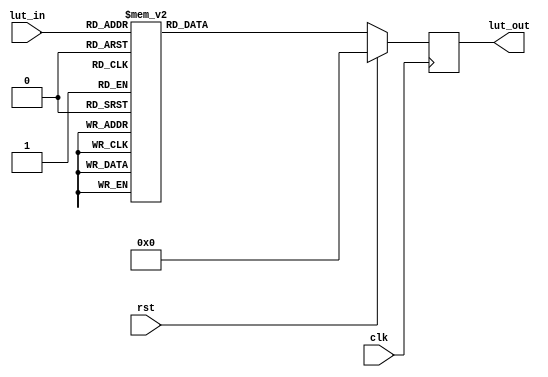
module lookup_table(
	input		clk,
	input		rst,
	input		[7:0]lut_in,
	output	[31:0]lut_out
    );

wire		clk,rst;
wire		[7:0]lut_in;
reg		[31:0]lut_out;


always @(posedge clk)
begin
	if (rst) begin
	lut_out =0;
	end else begin
	case (lut_in)
		8'b00000000: lut_out = 32'b00000000000000000000000000000000; //0
		8'b00000001: lut_out = 32'b00111111111111111111111111111001; //1
		8'b00000010: lut_out = 32'b00111111111111111111111111100010; //2
		8'b00000011: lut_out = 32'b00111111111111111111111110111011; //3
		8'b00000100: lut_out = 32'b00111111111111111111111110000101; //4
		8'b00000101: lut_out = 32'b00111111111111111111111100111111; //5
		8'b00000110: lut_out = 32'b00111111111111111111111011101010; //6
		8'b00000111: lut_out = 32'b00111111111111111111111010000101; //7
		8'b00001000: lut_out = 32'b00111111111111111111111000010001; //8
		8'b00001001: lut_out = 32'b00111111111111111111110110001101; //9
		8'b00001010: lut_out = 32'b00111111111111111111110011111010; //10
		8'b00001011: lut_out = 32'b00111111111111111111110001010111; //11
		8'b00001100: lut_out = 32'b00111111111111111111101110100101; //12
		8'b00001101: lut_out = 32'b00111111111111111111101011100100; //13
		8'b00001110: lut_out = 32'b00111111111111111111101000010010; //14
		8'b00001111: lut_out = 32'b00111111111111111111100100110010; //15
		8'b00010000: lut_out = 32'b00111111111111111111100001000010; //16
		8'b00010001: lut_out = 32'b00111111111111111111011101000010; //17
		8'b00010010: lut_out = 32'b00111111111111111111011000110011; //18
		8'b00010011: lut_out = 32'b00111111111111111111010100010100; //19
		8'b00010100: lut_out = 32'b00111111111111111111001111100110; //20
		8'b00010101: lut_out = 32'b00111111111111111111001010101001; //21
		8'b00010110: lut_out = 32'b00111111111111111111000101011100; //22
		8'b00010111: lut_out = 32'b00111111111111111110111111111111; //23
		8'b00011000: lut_out = 32'b00111111111111111110111010010011; //24
		8'b00011001: lut_out = 32'b00111111111111111110110100011000; //25
		8'b00011010: lut_out = 32'b00111111111111111110101110001101; //26
		8'b00011011: lut_out = 32'b00111111111111111110100111110010; //27
		8'b00011100: lut_out = 32'b00111111111111111110100001001000; //28
		8'b00011101: lut_out = 32'b00111111111111111110011010001111; //29
		8'b00011110: lut_out = 32'b00111111111111111110010011000110; //30
		8'b00011111: lut_out = 32'b00111111111111111110001011101101; //31
		8'b00100000: lut_out = 32'b00111111111111111110000100000101; //32
		8'b00100001: lut_out = 32'b00111111111111111101111100001110; //33
		8'b00100010: lut_out = 32'b00111111111111111101110100000111; //34
		8'b00100011: lut_out = 32'b00111111111111111101101011110000; //35
		8'b00100100: lut_out = 32'b00111111111111111101100011001010; //36
		8'b00100101: lut_out = 32'b00111111111111111101011010010101; //37
		8'b00100110: lut_out = 32'b00111111111111111101010001010000; //38
		8'b00100111: lut_out = 32'b00111111111111111101000111111100; //39
		8'b00101000: lut_out = 32'b00111111111111111100111110011000; //40
		8'b00101001: lut_out = 32'b00111111111111111100110100100100; //41
		8'b00101010: lut_out = 32'b00111111111111111100101010100010; //42
		8'b00101011: lut_out = 32'b00111111111111111100100000001111; //43
		8'b00101100: lut_out = 32'b00111111111111111100010101101101; //44
		8'b00101101: lut_out = 32'b00111111111111111100001010111100; //45
		8'b00101110: lut_out = 32'b00111111111111111011111111111011; //46
		8'b00101111: lut_out = 32'b00111111111111111011110100101011; //47
		8'b00110000: lut_out = 32'b00111111111111111011101001001011; //48
		8'b00110001: lut_out = 32'b00111111111111111011011101011100; //49
		8'b00110010: lut_out = 32'b00111111111111111011010001011101; //50
		8'b00110011: lut_out = 32'b00111111111111111011000101001111; //51
		8'b00110100: lut_out = 32'b00111111111111111010111000110001; //52
		8'b00110101: lut_out = 32'b00111111111111111010101100000100; //53
		8'b00110110: lut_out = 32'b00111111111111111010011111000111; //54
		8'b00110111: lut_out = 32'b00111111111111111010010001111011; //55
		8'b00111000: lut_out = 32'b00111111111111111010000100011111; //56
		8'b00111001: lut_out = 32'b00111111111111111001110110110100; //57
		8'b00111010: lut_out = 32'b00111111111111111001101000111001; //58
		8'b00111011: lut_out = 32'b00111111111111111001011010101111; //59
		8'b00111100: lut_out = 32'b00111111111111111001001100010101; //60
		8'b00111101: lut_out = 32'b00111111111111111000111101101100; //61
		8'b00111110: lut_out = 32'b00111111111111111000101110110011; //62
		8'b00111111: lut_out = 32'b00111111111111111000011111101011; //63
		8'b01000000: lut_out = 32'b00111111111111111000010000010011; //64
		8'b01000001: lut_out = 32'b00111111111111111000000000101100; //65
		8'b01000010: lut_out = 32'b00111111111111110111110000110101; //66
		8'b01000011: lut_out = 32'b00111111111111110111100000101111; //67
		8'b01000100: lut_out = 32'b00111111111111110111010000011010; //68
		8'b01000101: lut_out = 32'b00111111111111110110111111110101; //69
		8'b01000110: lut_out = 32'b00111111111111110110101111000000; //70
		8'b01000111: lut_out = 32'b00111111111111110110011101111100; //71
		8'b01001000: lut_out = 32'b00111111111111110110001100101000; //72
		8'b01001001: lut_out = 32'b00111111111111110101111011000101; //73
		8'b01001010: lut_out = 32'b00111111111111110101101001010011; //74
		8'b01001011: lut_out = 32'b00111111111111110101010111010001; //75
		8'b01001100: lut_out = 32'b00111111111111110101000100111111; //76
		8'b01001101: lut_out = 32'b00111111111111110100110010011110; //77
		8'b01001110: lut_out = 32'b00111111111111110100011111101101; //78
		8'b01001111: lut_out = 32'b00111111111111110100001100101101; //79
		8'b01010000: lut_out = 32'b00111111111111110011111001011110; //80
		8'b01010001: lut_out = 32'b00111111111111110011100101111111; //81
		8'b01010010: lut_out = 32'b00111111111111110011010010010000; //82
		8'b01010011: lut_out = 32'b00111111111111110010111110010010; //83
		8'b01010100: lut_out = 32'b00111111111111110010101010000101; //84
		8'b01010101: lut_out = 32'b00111111111111110010010101101000; //85
		8'b01010110: lut_out = 32'b00111111111111110010000000111011; //86
		8'b01010111: lut_out = 32'b00111111111111110001101011111111; //87
		8'b01011000: lut_out = 32'b00111111111111110001010110110100; //88
		8'b01011001: lut_out = 32'b00111111111111110001000001011001; //89
		8'b01011010: lut_out = 32'b00111111111111110000101011101111; //90
		8'b01011011: lut_out = 32'b00111111111111110000010101110101; //91
		8'b01011100: lut_out = 32'b00111111111111101111111111101011; //92
		8'b01011101: lut_out = 32'b00111111111111101111101001010010; //93
		8'b01011110: lut_out = 32'b00111111111111101111010010101010; //94
		8'b01011111: lut_out = 32'b00111111111111101110111011110010; //95
		8'b01100000: lut_out = 32'b00111111111111101110100100101011; //96
		8'b01100001: lut_out = 32'b00111111111111101110001101010100; //97
		8'b01100010: lut_out = 32'b00111111111111101101110101101110; //98
		8'b01100011: lut_out = 32'b00111111111111101101011101111000; //99
		8'b01100100: lut_out = 32'b00111111111111101101000101110010; //100
		8'b01100101: lut_out = 32'b00111111111111101100101101011110; //101
		8'b01100110: lut_out = 32'b00111111111111101100010100111001; //102
		8'b01100111: lut_out = 32'b00111111111111101011111100000101; //103
		8'b01101000: lut_out = 32'b00111111111111101011100011000010; //104
		8'b01101001: lut_out = 32'b00111111111111101011001001101111; //105
		8'b01101010: lut_out = 32'b00111111111111101010110000001101; //106
		8'b01101011: lut_out = 32'b00111111111111101010010110011011; //107
		8'b01101100: lut_out = 32'b00111111111111101001111100011010; //108
		8'b01101101: lut_out = 32'b00111111111111101001100010001001; //109
		8'b01101110: lut_out = 32'b00111111111111101001000111101001; //110
		8'b01101111: lut_out = 32'b00111111111111101000101100111001; //111
		8'b01110000: lut_out = 32'b00111111111111101000010001111010; //112
		8'b01110001: lut_out = 32'b00111111111111100111110110101011; //113
		8'b01110010: lut_out = 32'b00111111111111100111011011001101; //114
		8'b01110011: lut_out = 32'b00111111111111100110111111011111; //115
		8'b01110100: lut_out = 32'b00111111111111100110100011100010; //116
		8'b01110101: lut_out = 32'b00111111111111100110000111010110; //117
		8'b01110110: lut_out = 32'b00111111111111100101101010111001; //118
		8'b01110111: lut_out = 32'b00111111111111100101001110001110; //119
		8'b01111000: lut_out = 32'b00111111111111100100110001010011; //120
		8'b01111001: lut_out = 32'b00111111111111100100010100001000; //121
		8'b01111010: lut_out = 32'b00111111111111100011110110101110; //122
		8'b01111011: lut_out = 32'b00111111111111100011011001000100; //123
		8'b01111100: lut_out = 32'b00111111111111100010111011001011; //124
		8'b01111101: lut_out = 32'b00111111111111100010011101000010; //125
		8'b01111110: lut_out = 32'b00111111111111100001111110101010; //126
		8'b01111111: lut_out = 32'b00111111111111100001100000000011; //127
		8'b10000000: lut_out = 32'b00111111111111100001000001001100; //128
		8'b10000001: lut_out = 32'b00111111111111100000100010000101; //129
		8'b10000010: lut_out = 32'b00111111111111100000000010101111; //130
		8'b10000011: lut_out = 32'b00111111111111011111100011001010; //131
		8'b10000100: lut_out = 32'b00111111111111011111000011010100; //132
		8'b10000101: lut_out = 32'b00111111111111011110100011010000; //133
		8'b10000110: lut_out = 32'b00111111111111011110000010111100; //134
		8'b10000111: lut_out = 32'b00111111111111011101100010011000; //135
		8'b10001000: lut_out = 32'b00111111111111011101000001100101; //136
		8'b10001001: lut_out = 32'b00111111111111011100100000100011; //137
		8'b10001010: lut_out = 32'b00111111111111011011111111010001; //138
		8'b10001011: lut_out = 32'b00111111111111011011011101101111; //139
		8'b10001100: lut_out = 32'b00111111111111011010111011111110; //140
		8'b10001101: lut_out = 32'b00111111111111011010011001111110; //141
		8'b10001110: lut_out = 32'b00111111111111011001110111101110; //142
		8'b10001111: lut_out = 32'b00111111111111011001010101001111; //143
		8'b10010000: lut_out = 32'b00111111111111011000110010100000; //144
		8'b10010001: lut_out = 32'b00111111111111011000001111100001; //145
		8'b10010010: lut_out = 32'b00111111111111010111101100010011; //146
		8'b10010011: lut_out = 32'b00111111111111010111001000110110; //147
		8'b10010100: lut_out = 32'b00111111111111010110100101001001; //148
		8'b10010101: lut_out = 32'b00111111111111010110000001001101; //149
		8'b10010110: lut_out = 32'b00111111111111010101011101000001; //150
		8'b10010111: lut_out = 32'b00111111111111010100111000100101; //151
		8'b10011000: lut_out = 32'b00111111111111010100010011111011; //152
		8'b10011001: lut_out = 32'b00111111111111010011101111000000; //153
		8'b10011010: lut_out = 32'b00111111111111010011001001110110; //154
		8'b10011011: lut_out = 32'b00111111111111010010100100011101; //155
		8'b10011100: lut_out = 32'b00111111111111010001111110110100; //156
		8'b10011101: lut_out = 32'b00111111111111010001011000111100; //157
		8'b10011110: lut_out = 32'b00111111111111010000110010110100; //158
		8'b10011111: lut_out = 32'b00111111111111010000001100011101; //159
		8'b10100000: lut_out = 32'b00111111111111001111100101110110; //160
		8'b10100001: lut_out = 32'b00111111111111001110111111000000; //161
		8'b10100010: lut_out = 32'b00111111111111001110010111111010; //162
		8'b10100011: lut_out = 32'b00111111111111001101110000100101; //163
		8'b10100100: lut_out = 32'b00111111111111001101001001000000; //164
		8'b10100101: lut_out = 32'b00111111111111001100100001001100; //165
		8'b10100110: lut_out = 32'b00111111111111001011111001001000; //166
		8'b10100111: lut_out = 32'b00111111111111001011010000110101; //167
		8'b10101000: lut_out = 32'b00111111111111001010101000010010; //168
		8'b10101001: lut_out = 32'b00111111111111001001111111100000; //169
		8'b10101010: lut_out = 32'b00111111111111001001010110011110; //170
		8'b10101011: lut_out = 32'b00111111111111001000101101001101; //171
		8'b10101100: lut_out = 32'b00111111111111001000000011101100; //172
		8'b10101101: lut_out = 32'b00111111111111000111011001111100; //173
		8'b10101110: lut_out = 32'b00111111111111000110101111111100; //174
		8'b10101111: lut_out = 32'b00111111111111000110000101101101; //175
		8'b10110000: lut_out = 32'b00111111111111000101011011001111; //176
		8'b10110001: lut_out = 32'b00111111111111000100110000100001; //177
		8'b10110010: lut_out = 32'b00111111111111000100000101100011; //178
		8'b10110011: lut_out = 32'b00111111111111000011011010010110; //179
		8'b10110100: lut_out = 32'b00111111111111000010101110111001; //180
		8'b10110101: lut_out = 32'b00111111111111000010000011001101; //181
		8'b10110110: lut_out = 32'b00111111111111000001010111010010; //182
		8'b10110111: lut_out = 32'b00111111111111000000101011000110; //183
		8'b10111000: lut_out = 32'b00111111111110111111111110101100; //184
		8'b10111001: lut_out = 32'b00111111111110111111010010000010; //185
		8'b10111010: lut_out = 32'b00111111111110111110100101001000; //186
		8'b10111011: lut_out = 32'b00111111111110111101110111111111; //187
		8'b10111100: lut_out = 32'b00111111111110111101001010100111; //188
		8'b10111101: lut_out = 32'b00111111111110111100011100111111; //189
		8'b10111110: lut_out = 32'b00111111111110111011101111000111; //190
		8'b10111111: lut_out = 32'b00111111111110111011000001000000; //191
		8'b11000000: lut_out = 32'b00111111111110111010010010101010; //192
		8'b11000001: lut_out = 32'b00111111111110111001100100000100; //193
		8'b11000010: lut_out = 32'b00111111111110111000110101001110; //194
		8'b11000011: lut_out = 32'b00111111111110111000000110001001; //195
		8'b11000100: lut_out = 32'b00111111111110110111010110110101; //196
		8'b11000101: lut_out = 32'b00111111111110110110100111010001; //197
		8'b11000110: lut_out = 32'b00111111111110110101110111011101; //198
		8'b11000111: lut_out = 32'b00111111111110110101000111011011; //199
		8'b11001000: lut_out = 32'b00111111111110110100010111001000; //200
		8'b11001001: lut_out = 32'b00111111111110110011100110100110; //201
		8'b11001010: lut_out = 32'b00111111111110110010110101110101; //202
		8'b11001011: lut_out = 32'b00111111111110110010000100110100; //203
		8'b11001100: lut_out = 32'b00111111111110110001010011100100; //204
		8'b11001101: lut_out = 32'b00111111111110110000100010000100; //205
		8'b11001110: lut_out = 32'b00111111111110101111110000010100; //206
		8'b11001111: lut_out = 32'b00111111111110101110111110010101; //207
		8'b11010000: lut_out = 32'b00111111111110101110001100000111; //208
		8'b11010001: lut_out = 32'b00111111111110101101011001101001; //209
		8'b11010010: lut_out = 32'b00111111111110101100100110111100; //210
		8'b11010011: lut_out = 32'b00111111111110101011110011111111; //211
		8'b11010100: lut_out = 32'b00111111111110101011000000110011; //212
		8'b11010101: lut_out = 32'b00111111111110101010001101010111; //213
		8'b11010110: lut_out = 32'b00111111111110101001011001101100; //214
		8'b11010111: lut_out = 32'b00111111111110101000100101110001; //215
		8'b11011000: lut_out = 32'b00111111111110100111110001100111; //216
		8'b11011001: lut_out = 32'b00111111111110100110111101001101; //217
		8'b11011010: lut_out = 32'b00111111111110100110001000100100; //218
		8'b11011011: lut_out = 32'b00111111111110100101010011101011; //219
		8'b11011100: lut_out = 32'b00111111111110100100011110100011; //220
		8'b11011101: lut_out = 32'b00111111111110100011101001001011; //221
		8'b11011110: lut_out = 32'b00111111111110100010110011100100; //222
		8'b11011111: lut_out = 32'b00111111111110100001111101101101; //223
		8'b11100000: lut_out = 32'b00111111111110100001000111100111; //224
		8'b11100001: lut_out = 32'b00111111111110100000010001010001; //225
		8'b11100010: lut_out = 32'b00111111111110011111011010101100; //226
		8'b11100011: lut_out = 32'b00111111111110011110100011110111; //227
		8'b11100100: lut_out = 32'b00111111111110011101101100110011; //228
		8'b11100101: lut_out = 32'b00111111111110011100110101011111; //229
		8'b11100110: lut_out = 32'b00111111111110011011111101111100; //230
		8'b11100111: lut_out = 32'b00111111111110011011000110001010; //231
		8'b11101000: lut_out = 32'b00111111111110011010001110001000; //232
		8'b11101001: lut_out = 32'b00111111111110011001010101110110; //233
		8'b11101010: lut_out = 32'b00111111111110011000011101010101; //234
		8'b11101011: lut_out = 32'b00111111111110010111100100100100; //235
		8'b11101100: lut_out = 32'b00111111111110010110101011100100; //236
		8'b11101101: lut_out = 32'b00111111111110010101110010010101; //237
		8'b11101110: lut_out = 32'b00111111111110010100111000110101; //238
		8'b11101111: lut_out = 32'b00111111111110010011111111000111; //239
		8'b11110000: lut_out = 32'b00111111111110010011000101001001; //240
		8'b11110001: lut_out = 32'b00111111111110010010001010111011; //241
		8'b11110010: lut_out = 32'b00111111111110010001010000011110; //242
		8'b11110011: lut_out = 32'b00111111111110010000010101110010; //243
		8'b11110100: lut_out = 32'b00111111111110001111011010110110; //244
		8'b11110101: lut_out = 32'b00111111111110001110011111101010; //245
		8'b11110110: lut_out = 32'b00111111111110001101100100001111; //246
		8'b11110111: lut_out = 32'b00111111111110001100101000100101; //247
		8'b11111000: lut_out = 32'b00111111111110001011101100101011; //248
		8'b11111001: lut_out = 32'b00111111111110001010110000100001; //249
		8'b11111010: lut_out = 32'b00111111111110001001110100001000; //250
		8'b11111011: lut_out = 32'b00111111111110001000110111100000; //251
		8'b11111100: lut_out = 32'b00111111111110000111111010101000; //252
		8'b11111101: lut_out = 32'b00111111111110000110111101100001; //253
		8'b11111110: lut_out = 32'b00111111111110000110000000001010; //254
		8'b11111111: lut_out = 32'b00111111111110000101000010100011; //255
		default	  : lut_out = 32'b00000000000000000000000000000000;	
	endcase
	end
end


endmodule